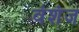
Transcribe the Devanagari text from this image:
वंशंज